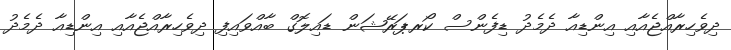
ދިވެހިރާއްޖެއާއި އިންޑިއާ ދެމެދު ޑިފެންސް ކޯރޕަރޭޝަން ޑައިލޮގް ބާއްވައިފި ދިވެހިރާއްޖެއާއި އިންޑިއާ ދެމެދު